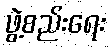
ဖွဲ့စည်းရေး